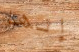
إنها